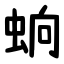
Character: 䖮